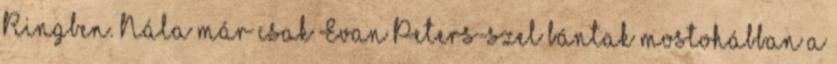
Ringben. Nála már csak Evan Peters-szel bántak mostohábban a